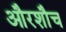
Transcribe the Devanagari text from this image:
औरशौच